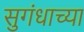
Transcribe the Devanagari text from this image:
सुगंधाच्या